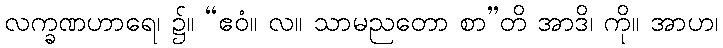
လက္ခဏဟာရေ၊ ၌။ “ဧဝံ။ လ။ သာမညတော စာ”တိ အာဒိ၊ ကို။ အာဟ၊